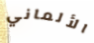
الألماني